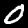
Digit: 0